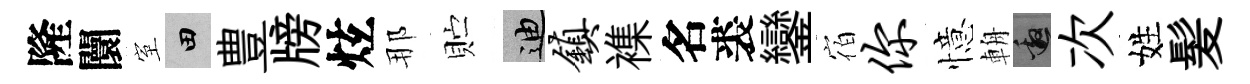
隆闤室田豊牓炫那贮迪镇襍名裘鑾宿你憶輈邀次姓髪